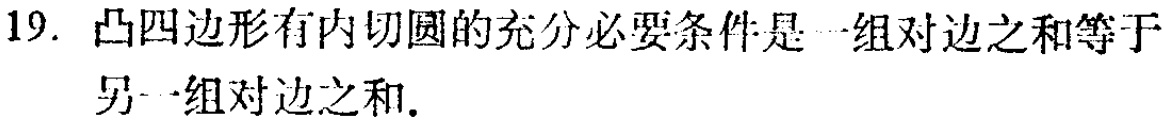
19. 凸四边形有内切圆的充分必要条件是一组对边之和等于另一组对边之和.